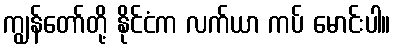
ကျွန်တော်တို့ နိုင်ငံက လက်ယာ ကပ် မောင်းပါ။